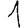
Digit: 1